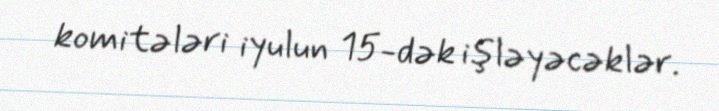
komitələri iyulun 15-dək işləyəcəklər.